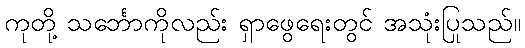
ကုတို့ သင်္ဘောကိုလည်း ရှာဖွေရေးတွင် အသုံးပြုသည်။